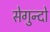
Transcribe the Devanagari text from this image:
सेगुन्दो